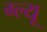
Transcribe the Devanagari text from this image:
ग्ल्यू